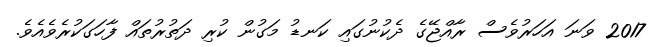
2017 ވަނަ އަހަރުވެސް ރާއްޖޭގެ ދެކުނުގައި ކަނޑު މަގުން ކުރި ދަތުރުތައް ފާހަގަކުރެވެއެވެ.